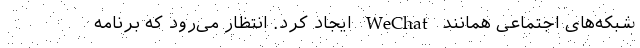
شبکه‌های اجتماعی همانند WeChat ایجاد کرد. انتظار می‌رود که برنامه